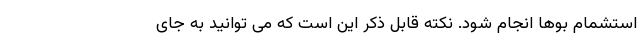
استشمام بوها انجام شود. نکته قابل ذکر این است که می توانید به جای